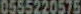
0555220575